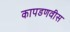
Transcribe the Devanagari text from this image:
कापडणवीस